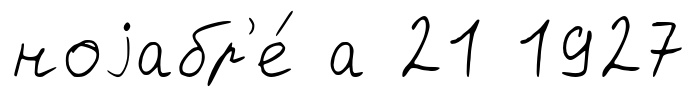
ноjабр'е́ а 21 1927